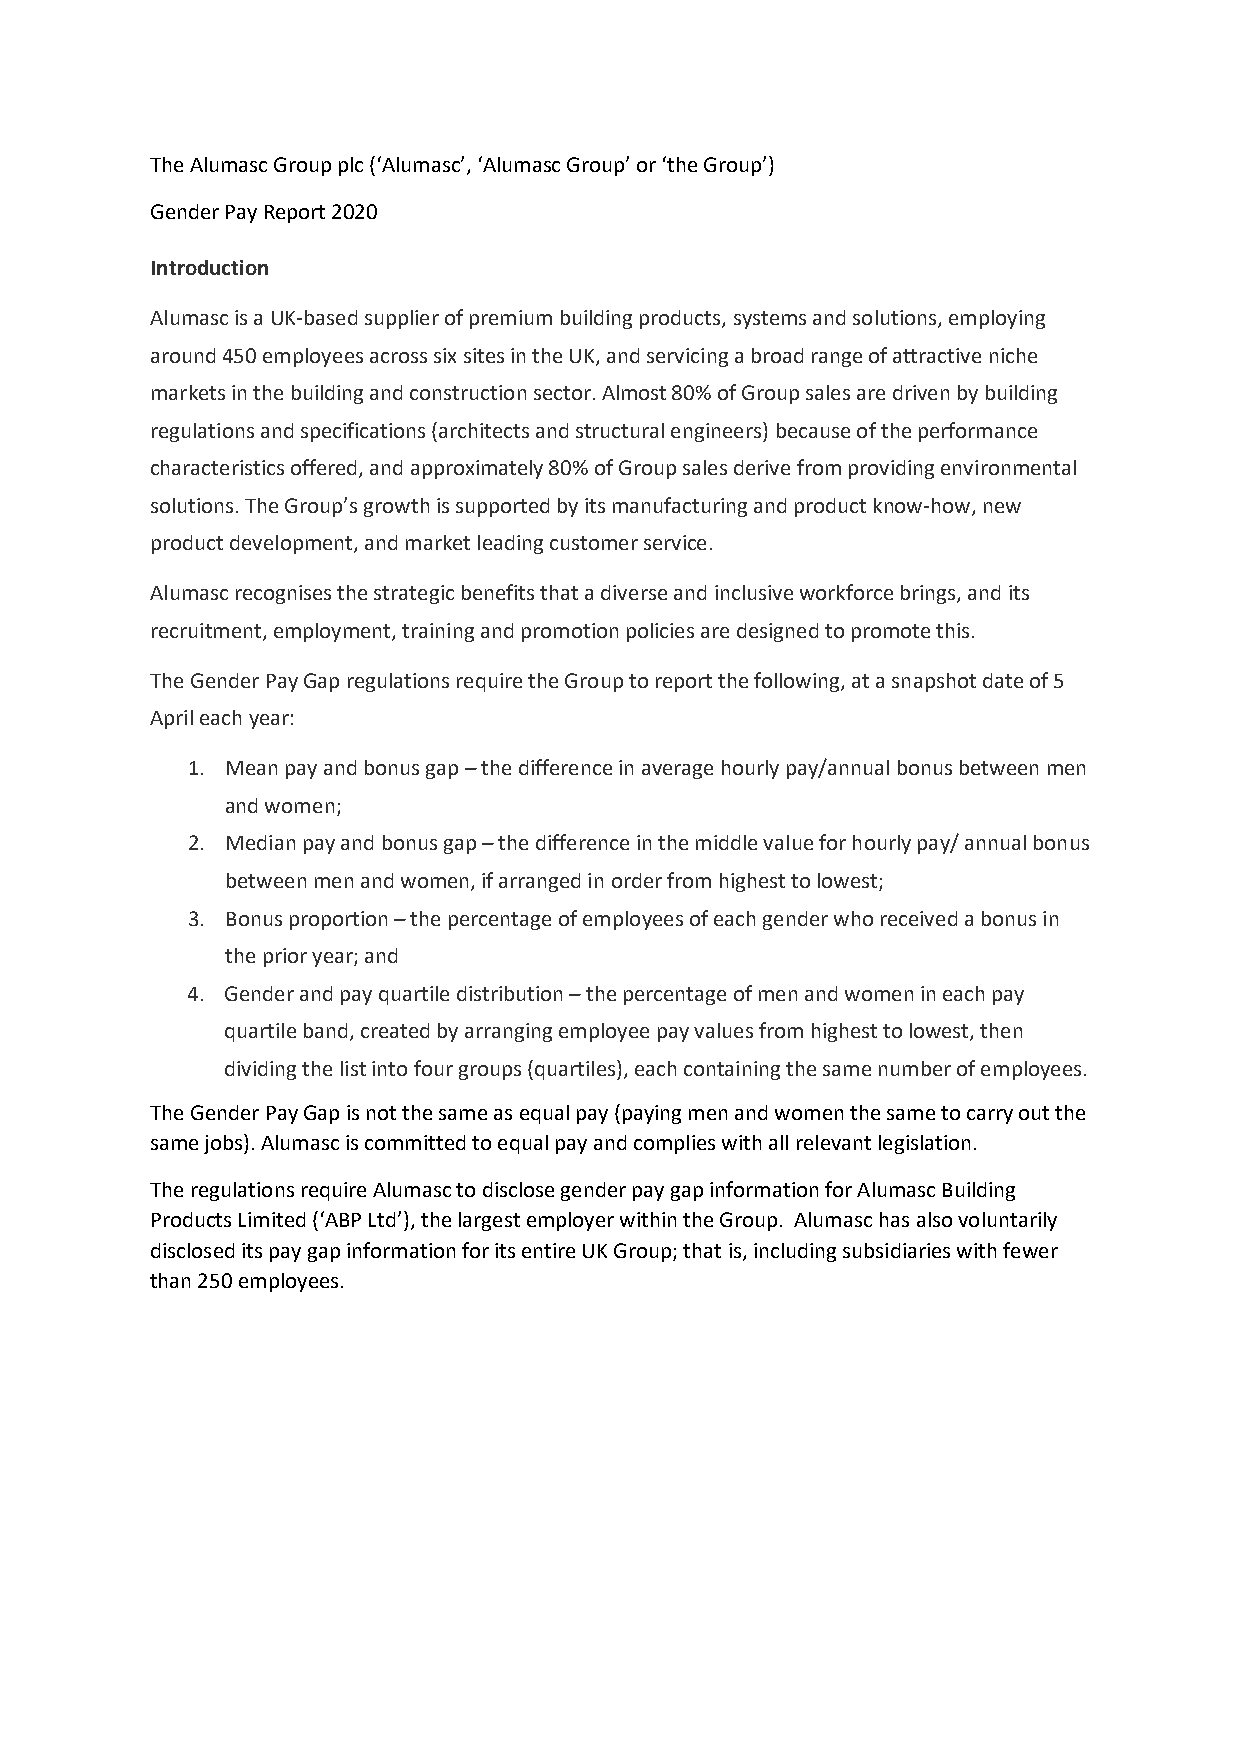
The Alumasc Group plc (‘Alumasc’, ‘Alumasc Group’ or ‘the Group’)
 Gender Pay Report 2020
 Introduction
 Alumasc is a UK-based supplier of premium building products, systems and solutions, employing
 around 450 employees across six sites in the UK, and servicing a broad range of attractive niche
 markets in the building and construction sector. Almost 80% of Group sales are driven by building
 regulations and specifications (architects and structural engineers) because of the performance
 characteristics offered, and approximately 80% of Group sales derive from providing environmental
 solutions. The Group’s growth is supported by its manufacturing and product know-how, new
 product development, and market leading customer service.
 Alumasc recognises the strategic benefits that a diverse and inclusive workforce brings, and its
 recruitment, employment, training and promotion policies are designed to promote this.
 The Gender Pay Gap regulations require the Group to report the following, at a snapshot date of 5
 April each year:
 1. Mean pay and bonus gap – the difference in average hourly pay/annual bonus between men
 and women;
 2. Median pay and bonus gap – the difference in the middle value for hourly pay/ annual bonus
 between men and women, if arranged in order from highest to lowest;
 3. Bonus proportion – the percentage of employees of each gender who received a bonus in
 the prior year; and
 4. Gender and pay quartile distribution – the percentage of men and women in each pay
 quartile band, created by arranging employee pay values from highest to lowest, then
 dividing the list into four groups (quartiles), each containing the same number of employees.
 The Gender Pay Gap is not the same as equal pay (paying men and women the same to carry out the
 same jobs). Alumasc is committed to equal pay and complies with all relevant legislation.
 The regulations require Alumasc to disclose gender pay gap information for Alumasc Building
 Products Limited (‘ABP Ltd’), the largest employer within the Group. Alumasc has also voluntarily
 disclosed its pay gap information for its entire UK Group; that is, including subsidiaries with fewer
 than 250 employees.